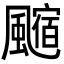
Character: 𩘰